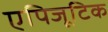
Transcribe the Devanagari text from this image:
एपिजूटिक